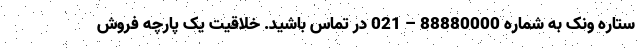
ستاره ونک به شماره 88880000 – 021 در تماس باشید. خلاقیت یک پارچه فروش